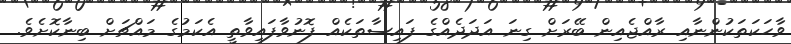
ވާހަކަތަކުންނާއި ރާއްޖެއިން ބޭރަށް ގިނަ އަދަދެއްގެ ފައިސާތަކެއް ފޮނުވާފައިވާތީ އެކަމުގެ މައްޗަށް ބިނާކޮށެވެ.